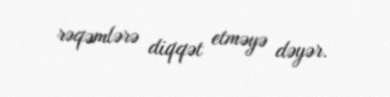
rəqəmlərə diqqət etməyə dəyər.